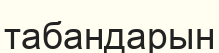
табандарын